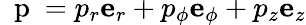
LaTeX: \mathrm{~\mathbf~p~}=p_{r}{\mathbf e}_{r}+p_{\phi}{\mathbf e}_{\phi}+p_{z}{\mathbf e}_{z}